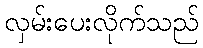
လှမ်းပေးလိုက်သည်